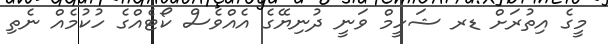
މީގެ އިތުރަށް ޑރ ޝަހީމް ވަނީ ދުނިޔޭގެ އެއްވެސް ކޯޓެއްގެ ހުކުމެއް ނެތި